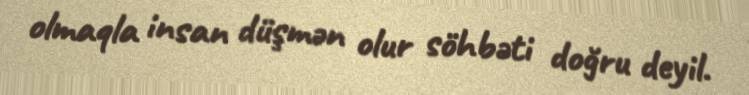
olmaqla insan düşmən olur söhbəti doğru deyil.